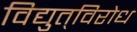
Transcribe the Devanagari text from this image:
विद्युत्‌विरोध